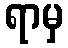
ရာမှ